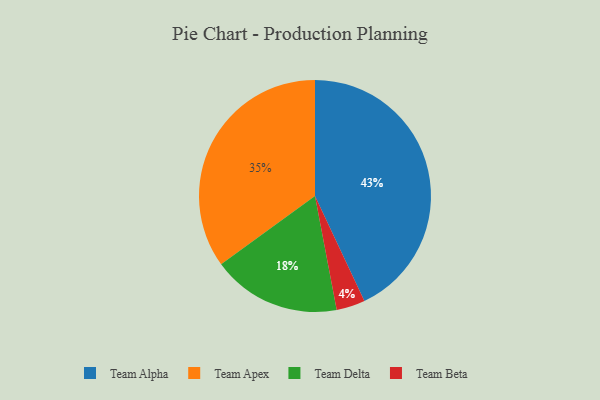
{"axis": {"x": "Category", "y": "Percentage"}, "legend": ["Team Alpha", "Team Apex", "Team Beta", "Team Delta"], "data": [{"x": "Team Apex", "y": 35, "type": "Team Apex"}, {"x": "Team Delta", "y": 18, "type": "Team Delta"}, {"x": "Team Alpha", "y": 43, "type": "Team Alpha"}, {"x": "Team Beta", "y": 4, "type": "Team Beta"}]}